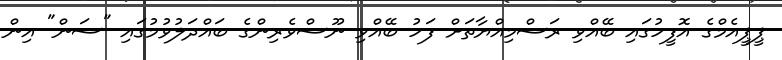
ޕީޕީއެމްގެ އޮފީހުގައި ބޭއްވި ރަސްމިއްޔާތަށް ފަހު ބޭއްވި ނޫސްވެރިންގެ ބައްދަލުވުމުގައި "ސަން" އިން